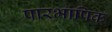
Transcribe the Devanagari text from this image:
पारभाषिक